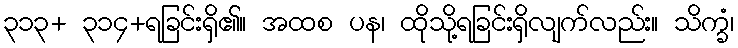
၃၁၃+ ၃၁၄+ရခြင်းရှိ၏။ အထစ ပန၊ ထိုသို့ရခြင်းရှိလျက်လည်း။ သိက္ခံ၊